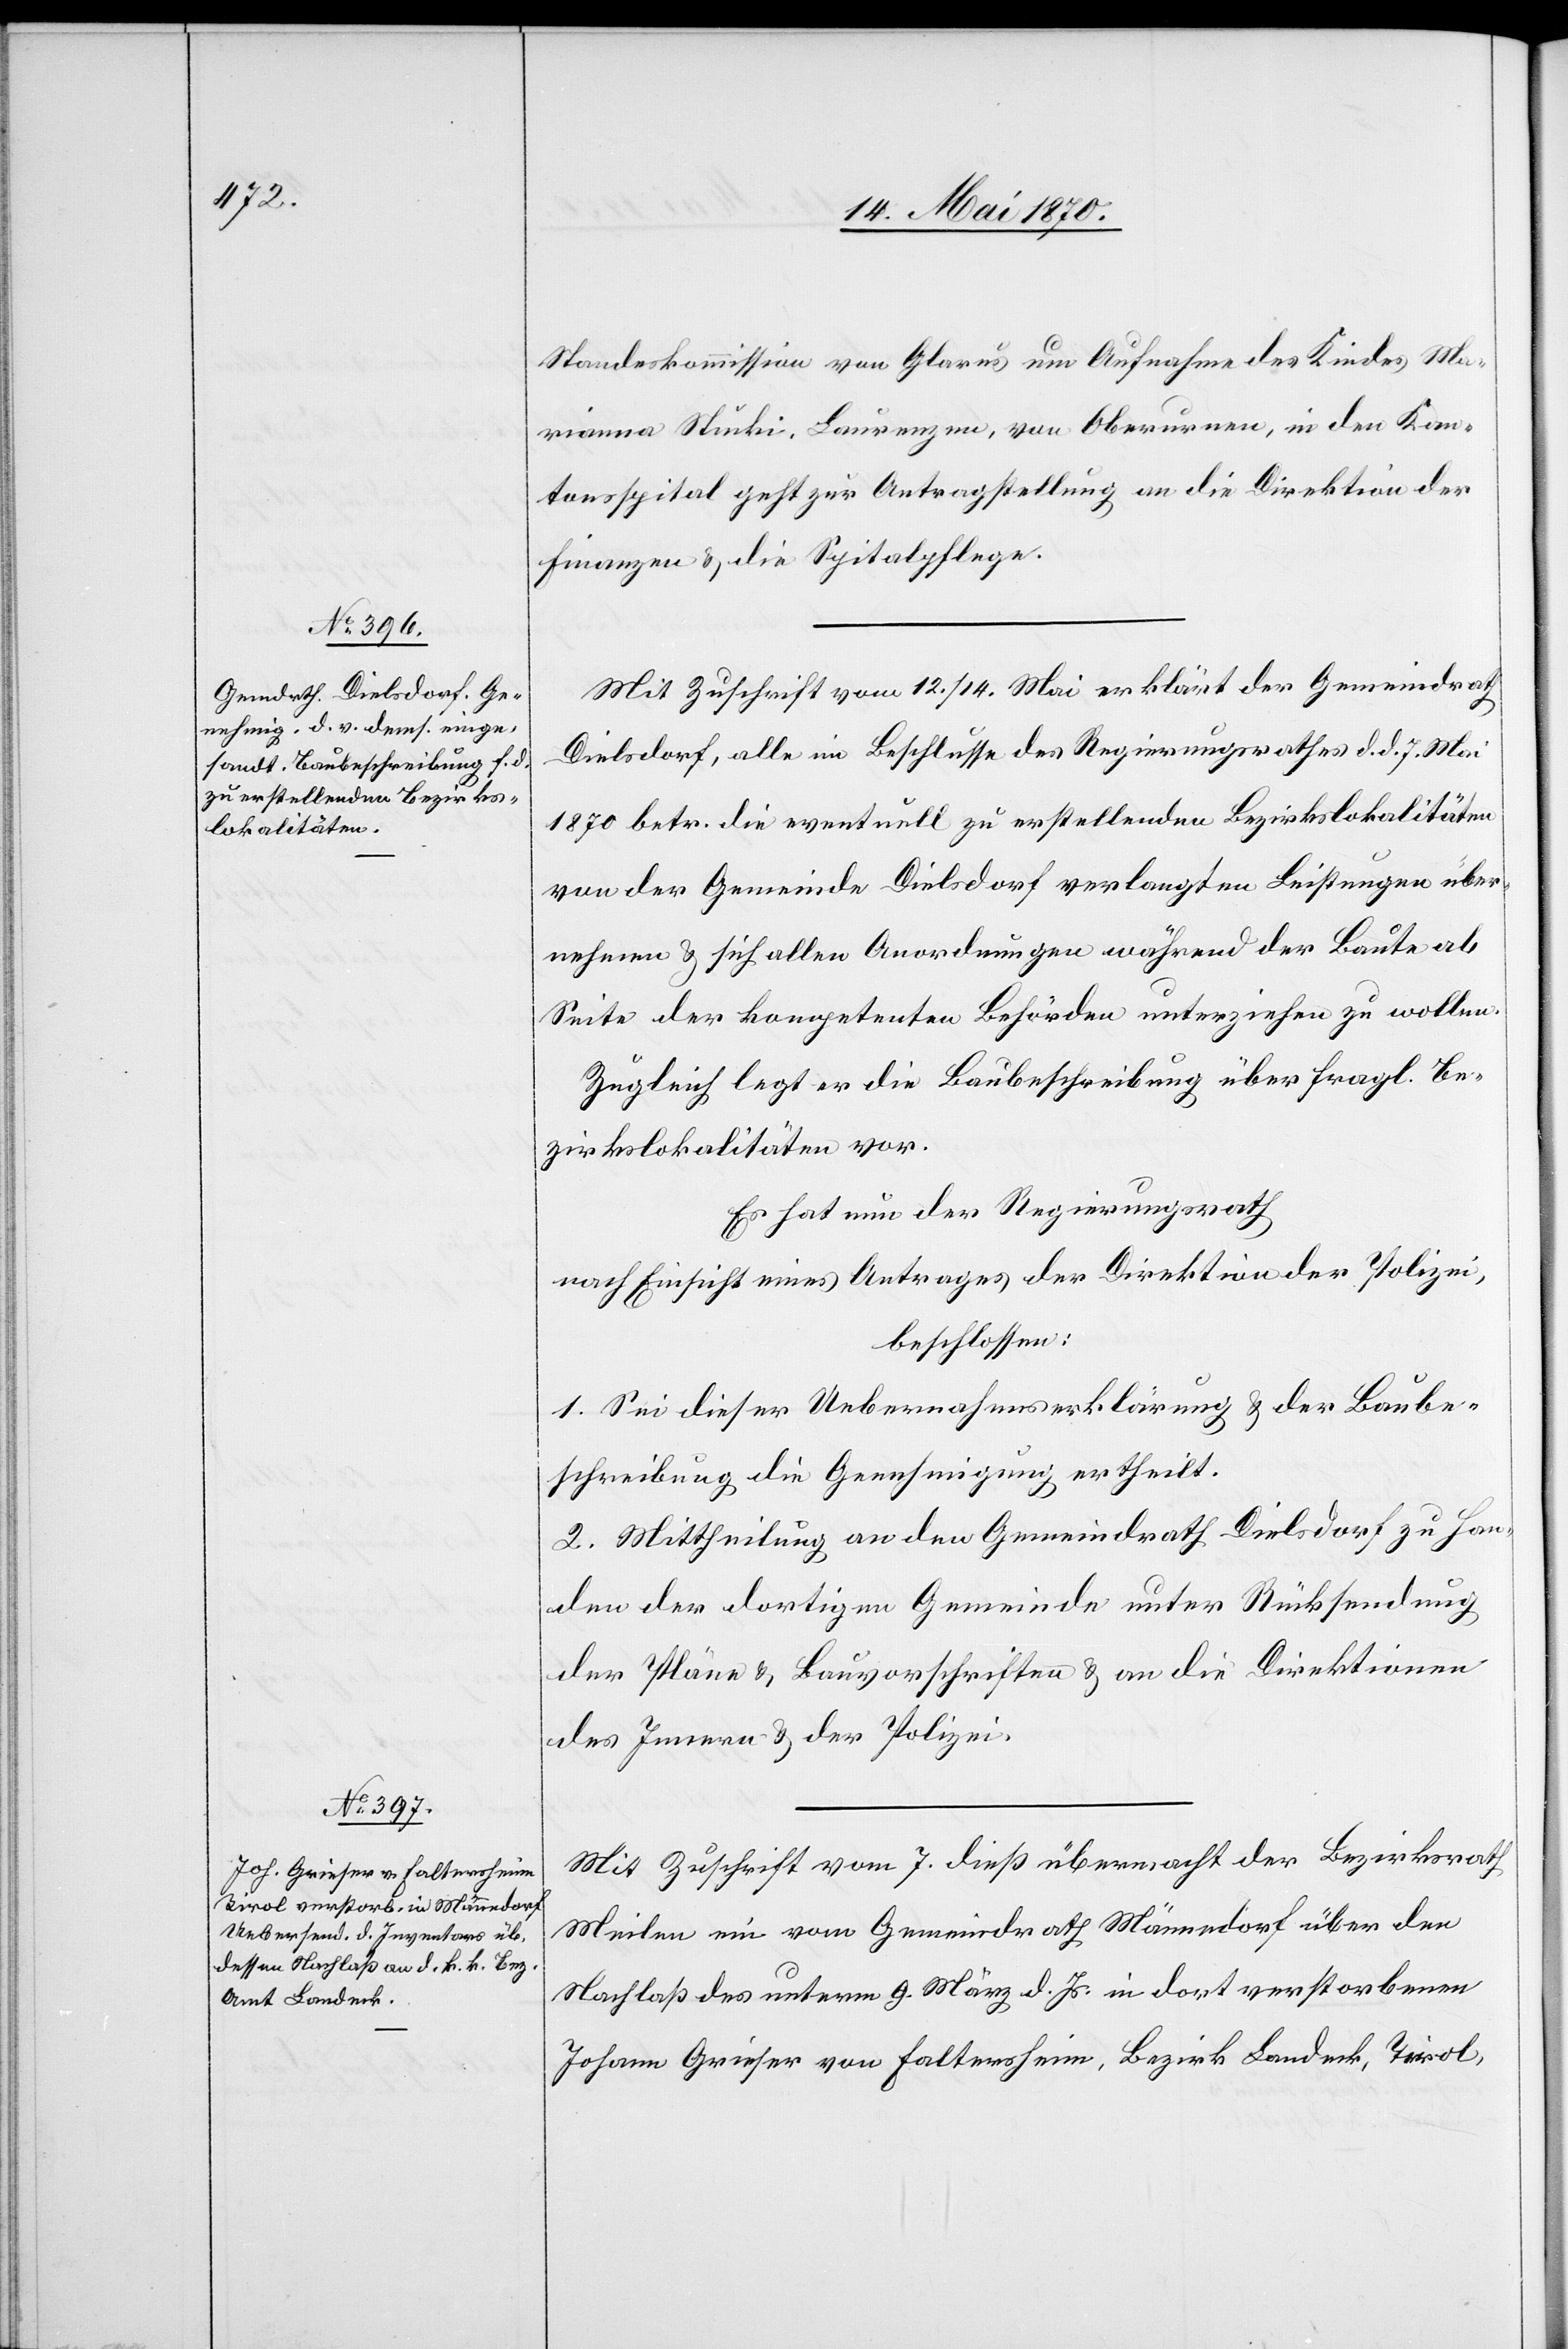
16. Mai 1870.]
Standeskommission von Glarus um Aufnahme des Kindes Ma¬
rianna [sic!] Stucki, Laurenzen, von Oberurnen, in den Kan¬
tonsspital geht zur Antragstellung an die Direktion der
Finanzen & die Spitalpflege.
Mit Zuschrift vom 12./14. Mai erklärt der Gemeindrath
Dielsdorf, alle im Beschlusse des Regierungsrathes d. d. 7. Mai
2870 betr. die eventuell zu erstellenden Bezirkslokalitäten
von der Gemeinde Dielsdorf verlangten Leistungen über¬
nehmen & sich allen Anordnungen während der Baute ab
Seite der kompetenten Behörden unterziehen zu wollen.
Zugleich legt er die Baubeschreibung über fragl. Be¬
zirkslokalitäten vor.
Es hat nun der Regierungsrath
nach Einsicht eines Antrages der Direktion der Polizei,
beschlossen:
1. Sei dieser Uebernahmserklärung & der Baube¬
schreibung die Genehmigung ertheilt.
2. Mittheilung an den Gemeindrath Dielsdorf zu Han¬
den der dortigen Gemeinde unter Rücksendung
der Pläne & Bauvorschriften & an die Direktionen
des Innern & der Polizei.
Mit Zuschrift vom 7. dieß übermacht der Bezirksrath
Meilen ein vom Gemeindrath Männedorf über den
Nachlaß des unterm 9. März d. Js. in dort verstorbenen
Johann Grieser von Faltensheim, Bezirk Landeck, Tirol,